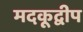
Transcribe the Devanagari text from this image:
मदकूद्वीप